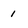
Character: i